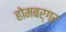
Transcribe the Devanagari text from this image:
होमबर्गर